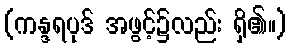
(ကန္ဒရပုဒ် အဖွင့်၌လည်း ရှိ၏။)